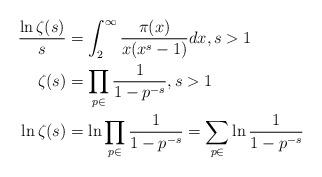
LaTeX: \begin{align*}\frac{\ln\zeta(s)}{s} &= \int_2^\infty \frac{\pi(x)}{x(x^s-1)}dx,s>1\\\zeta(s) &= \prod_{p\in}\frac{1}{1-p^{-s}},s>1\\\ln\zeta(s) &= \ln\prod_{p\in}\frac{1}{1-p^{-s}} = \sum_{p\in}\ln\frac{1}{1-p^{-s}}\end{align*}